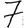
Digit: 7